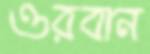
ওরবান